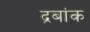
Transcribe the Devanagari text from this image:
द्रबांक